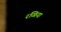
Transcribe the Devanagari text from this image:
रखिया